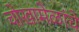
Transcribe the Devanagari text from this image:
चोखामेळांचे